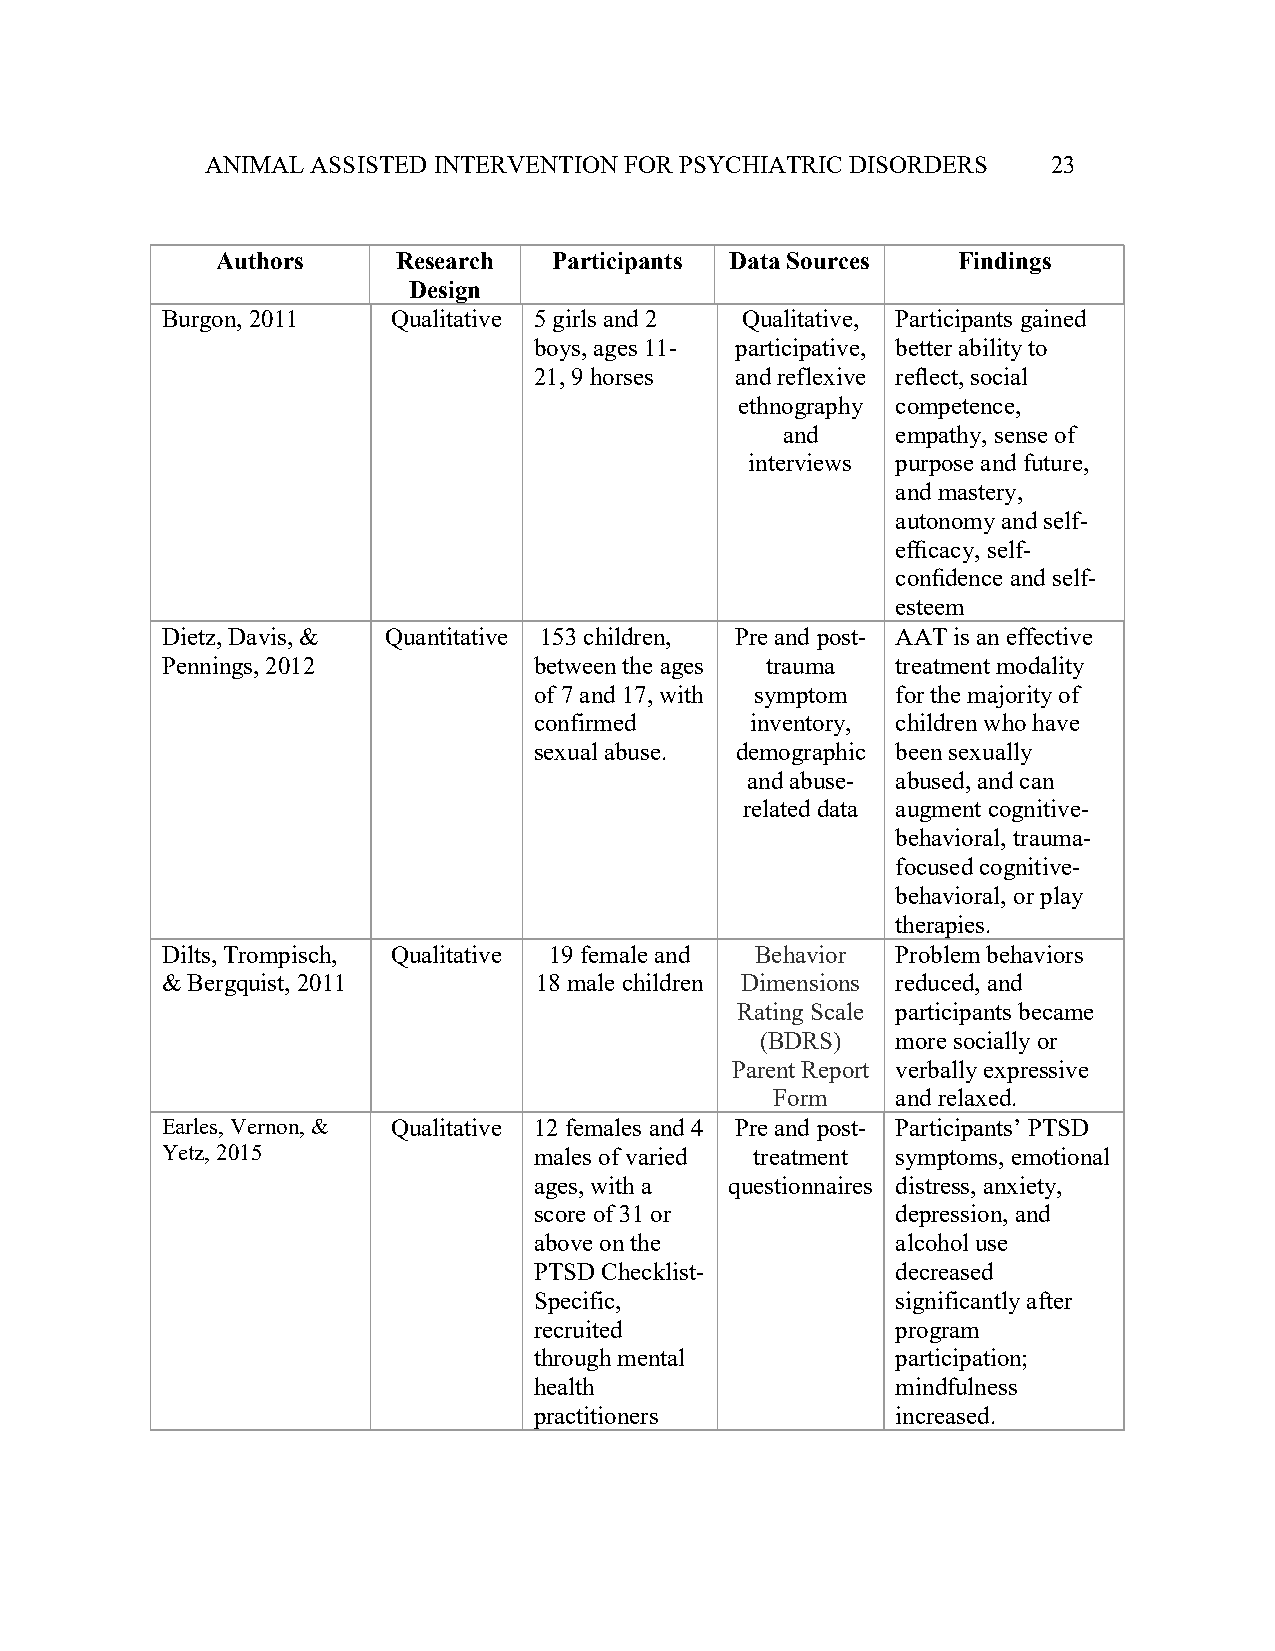
ANIMAL ASSISTED INTERVENTION FOR PSYCHIATRIC DISORDERS  23
 Authors     Research   Participants Data Sources Findings
 Design
 Burgon, 2011   Qualitative 5 girls and 2 Qualitative, Participants gained
 boys, ages 11- participative, better ability to
 21, 9 horses  and reflexive reflect, social
 ethnography competence,
 and    empathy, sense of
 interviews purpose and future,
 and mastery,
 autonomy and self-
 efficacy, self-
 confidence and self-
 esteem
 Dietz, Davis, & Quantitative 153 children, Pre and post- AAT is an effective
 Pennings, 2012          between the ages trauma treatment modality
 of 7 and 17, with symptom for the majority of
 confirmed      inventory, children who have
 sexual abuse. demographic been sexually
 and abuse- abused, and can
 related data augment cognitive-
 behavioral, trauma-
 focused cognitive-
 behavioral, or play
 therapies.
 Dilts, Trompisch, Qualitative 19 female and Behavior Problem behaviors
 & Bergquist, 2011       18 male children Dimensions reduced, and
 Rating Scale participants became
 (BDRS)   more socially or
 Parent Report verbally expressive
 Form    and relaxed.
 Earles, Vernon, & Qualitative 12 females and 4 Pre and post- Participants’ PTSD
 Yetz, 2015              males of varied treatment symptoms, emotional
 ages, with a questionnaires distress, anxiety,
 score of 31 or          depression, and
 above on the            alcohol use
 PTSD Checklist-         decreased
 Specific,               significantly after
 recruited               program
 through mental          participation;
 health                  mindfulness
 practitioners           increased.